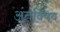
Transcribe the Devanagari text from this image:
अंतर्विषय